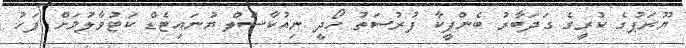
ޔޫރަޕުގެ ކުރީގެ ގަދަބާރު ބެންފީކާ ފުރުސަތު ހޯދީ ނިއުކާސަލް ޔުނައިޓެޑް ކަޓުވާލުމަށް ފަހު